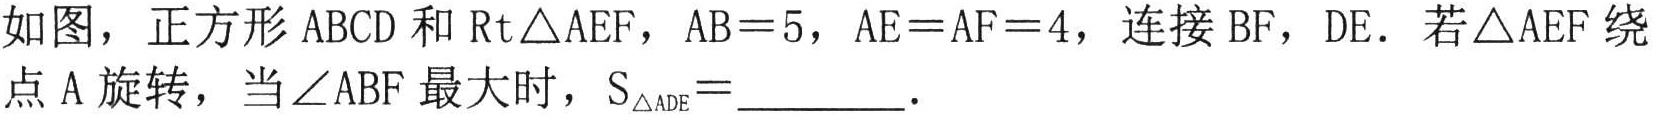
如图，正方形\(ABCD\)和\(Rt\triangle AEF\)，\(AB = 5\)，\(AE = AF = 4\)，连接\(BF\)，\(DE\)．若\(\triangle AEF\)绕点\(A\)旋转，当\(\angle ABF\)最大时，\(S_{\triangle ADE}=\underline{\quad\quad}\)．